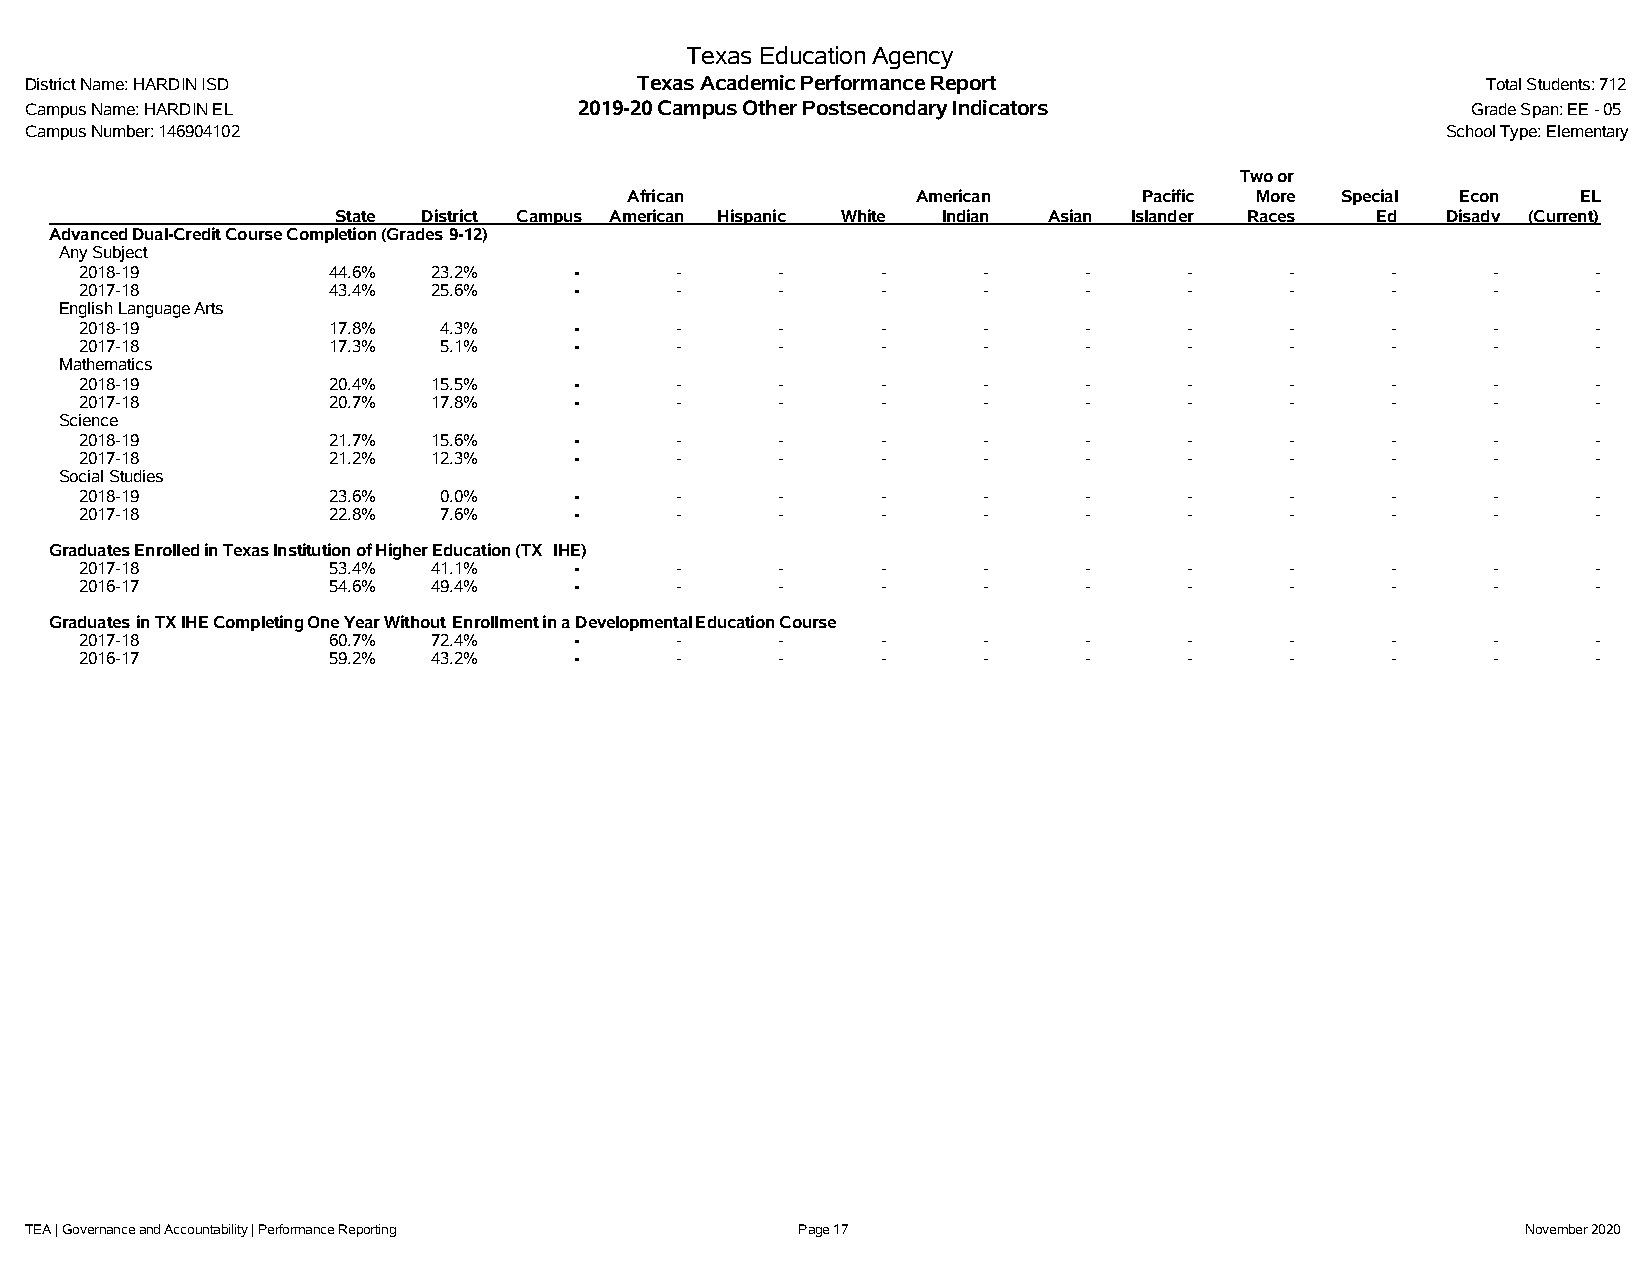
Texas Education Agency
 District Name: HARDIN ISD               Texas Academic Performance Report                       Total Students: 712
 Campus Name: HARDIN EL              2019-20 Campus Other Postsecondary Indicators              Grade Span: EE - 05
 Campus Number: 146904102                                                                      School Type: Elementary
 Two or
 African            American       Pacific More Special Econ    EL
 State District Campus American Hispanic White Indian Asian Islander Races Ed Disadv (Current)
 Advanced Dual-CreditCourse Completion(Grades 9-12)
 Any Subject
 2018-19          44.6%  23.2%    -      -      -     -      -      -      -     -      -      -      -
 2017-18          43.4%  25.6%    -      -      -     -      -      -      -     -      -      -      -
 English Language Arts
 2018-19          17.8%  4.3%     -      -      -     -      -      -      -     -      -      -      -
 2017-18          17.3%  5.1%     -      -      -     -      -      -      -     -      -      -      -
 Mathematics
 2018-19          20.4%  15.5%    -      -      -     -      -      -      -     -      -      -      -
 2017-18          20.7%  17.8%    -      -      -     -      -      -      -     -      -      -      -
 Science
 2018-19          21.7%  15.6%    -      -      -     -      -      -      -     -      -      -      -
 2017-18          21.2%  12.3%    -      -      -     -      -      -      -     -      -      -      -
 Social Studies
 2018-19          23.6%  0.0%     -      -      -     -      -      -      -     -      -      -      -
 2017-18          22.8%  7.6%     -      -      -     -      -      -      -     -      -      -      -
 Graduates Enrolled in Texas Institution of Higher Education (TX IHE)
 2017-18          53.4%  41.1%    -      -      -     -      -      -      -     -      -      -      -
 2016-17          54.6%  49.4%    -      -      -     -      -      -      -     -      -      -      -
 GraduatesinTXIHECompletingOneYearWithout EnrollmentinaDevelopmentalEducationCourse
 2017-18          60.7%  72.4%    -      -      -     -      -      -      -     -      -      -      -
 2016-17          59.2%  43.2%    -      -      -     -      -      -      -     -      -      -      -
 TEA | Governance and Accountability | Performance Reporting Page 17                                November 2020